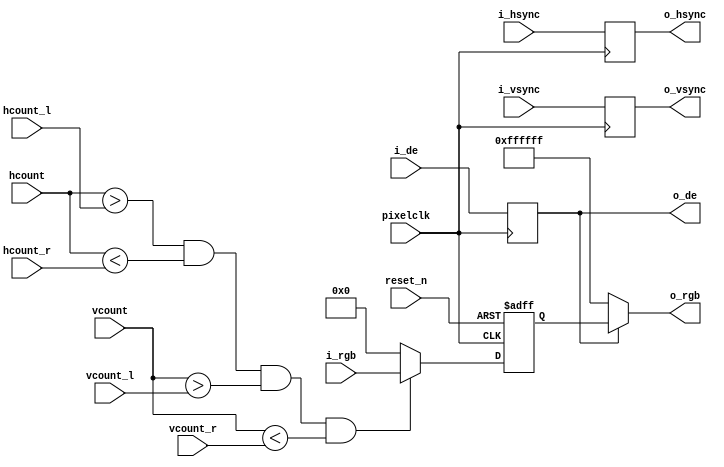

module capture_isp(
       input						    pixelclk,
	   input                            reset_n,

  	   input          [23:0]            i_rgb,
	   input						    i_hsync,
	   input							i_vsync,
	   input							i_de,
	   
	   input [11:0]                     hcount,
       input [11:0]                     vcount,
	   
	   input          [11:0]            hcount_l,
       input          [11:0]            hcount_r,
       input          [11:0]            vcount_l,
       input          [11:0]            vcount_r,
	   
       output         [23:0]            o_rgb,
	   output							o_hsync,
	   output							o_vsync,                                                                                                  
	   output						    o_de                                                                                               
	   );

reg	   [23:0]             rgb_r;	
reg                       hsync_r;
reg                       vsync_r;
reg                       de_r;
       
always @(posedge pixelclk) begin
  hsync_r <= i_hsync;
  vsync_r <= i_vsync;
  de_r    <= i_de;
end

assign o_hsync = hsync_r;
assign o_vsync = vsync_r;
assign o_de    = de_r;
assign o_rgb   = (o_de)?rgb_r:24'hffffff;  
//-------------------------------------------------------------
// Display
//-------------------------------------------------------------
always @(posedge pixelclk or negedge reset_n) begin
  if(!reset_n) 
    rgb_r <= 24'h000000;
  else if (hcount > hcount_l && hcount < hcount_r && vcount > vcount_l && vcount < vcount_r )
    rgb_r <= i_rgb;
  else
    rgb_r <= 24'h000000;
end 

endmodule